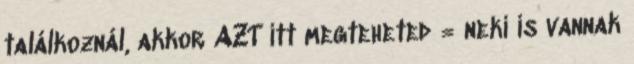
találkoznál, akkor AZT itt megteheted = neki is vannak